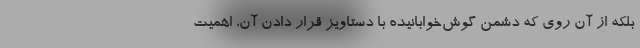
بلکه از آن روی که دشمنِ گوش‌خوابانیده با دستاویز قرار ‌دادن آن، اهمیت